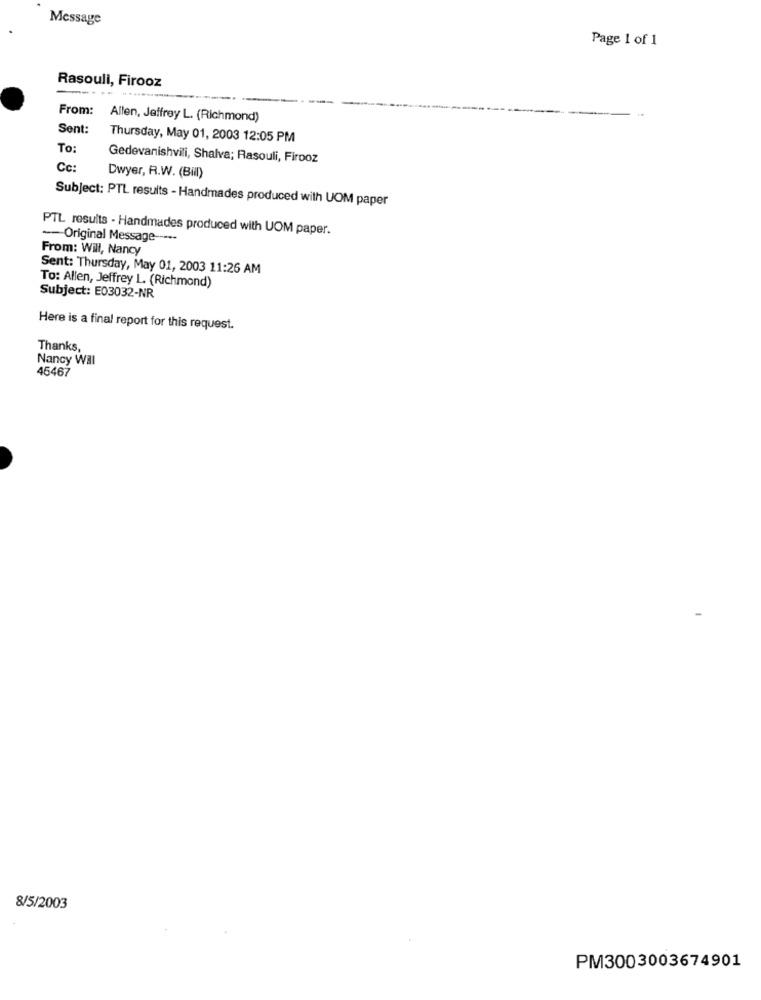
Message
Page 1 of 1
Rasouli, Firooz
From:
Allen, Jeffrey L. (Richmond)
Sent:
Thursday, May 01, 2003 12:05 PM
To:
Gedevanishvili, Shalva; Rasouli, Firooz
Cc:
Dwyer, R.W. (Bill)
Subject: PTL results - Handmades produced with UOM paper
PTL results - Handmades produced with UOM paper.
-- Original Message -----
From: Will, Nancy
Sent: Thursday, May 01, 2003 11:26 AM
To: Allen, Jeffrey L. (Richmond)
Subject: E03032-NR
Here is a final report for this request.
Thanks,
Nancy Wall
45467
8/5/2003
PM3003003674901